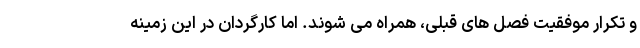
و تکرار موفقیت فصل های قبلی، همراه می شوند. اما کارگردان در این زمینه